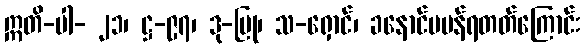
ဣတိ-ပါ- ၂၁၊ ဋ္ဌ-၉၇၊ ဒု-ပြု၊ သ-ရှောင်၊ ခနောင်ပပန်ရတတ်ကြောင်း